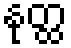
နုတ္ထ